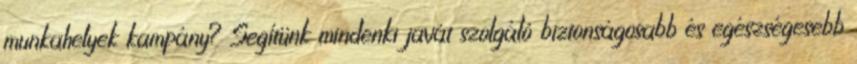
munkahelyek kampány? Segítünk mindenki javát szolgáló biztonságosabb és egészségesebb